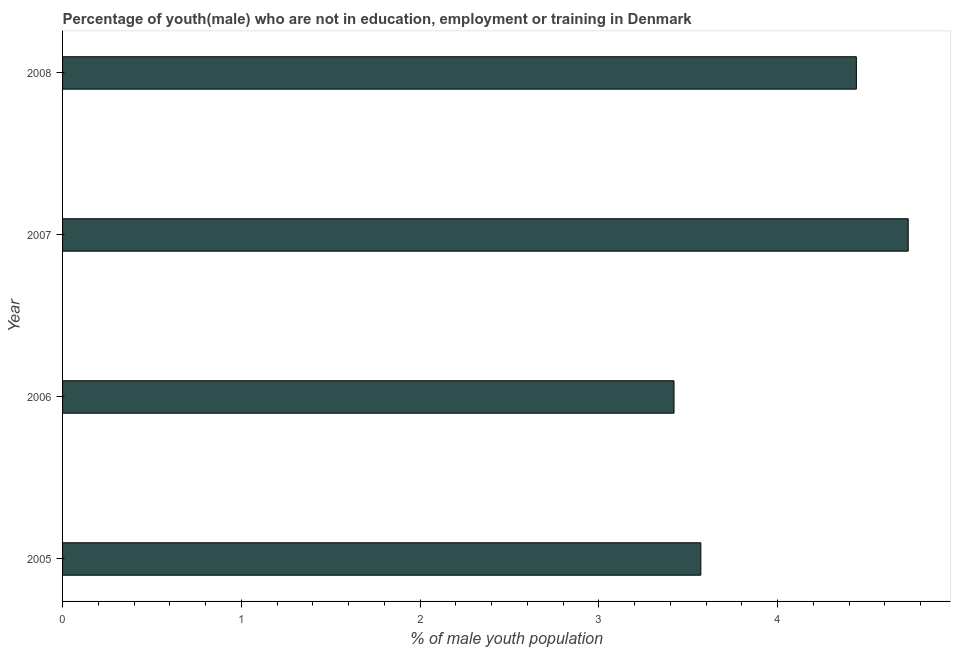
| Year | Unemployed(male) |
 | --- | --- |
 | 2005 | 3.57 |
 | 2006 | 3.42 |
 | 2007 | 4.73 |
 | 2008 | 4.44 |